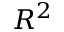
R ^ { 2 }